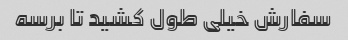
سفارش خیلی طول کشید تا برسه